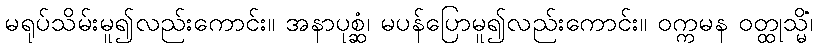
မရုပ်သိမ်းမူ၍လည်းကောင်း။ အနာပုစ္ဆံ၊ မပန်ပြောမူ၍လည်းကောင်း။ ဝက္ကမန ဝတ္ထုသ္မိံ၊